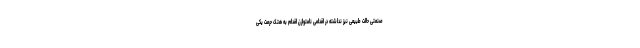
صنعتی حالت طبیعی نیز نداشته در اقدامی نامتوازن اقدام به هتک حرمت یکی